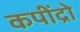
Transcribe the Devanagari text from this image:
कपींद्रो